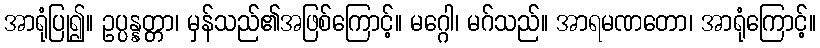
အာရုံပြု၍။ ဥပ္ပန္နတ္တာ၊ မှန်သည်၏အဖြစ်ကြောင့်။ မဂ္ဂေါ၊ မဂ်သည်။ အာရမဏတော၊ အာရုံကြောင့်။